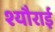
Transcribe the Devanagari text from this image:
श्यौराई